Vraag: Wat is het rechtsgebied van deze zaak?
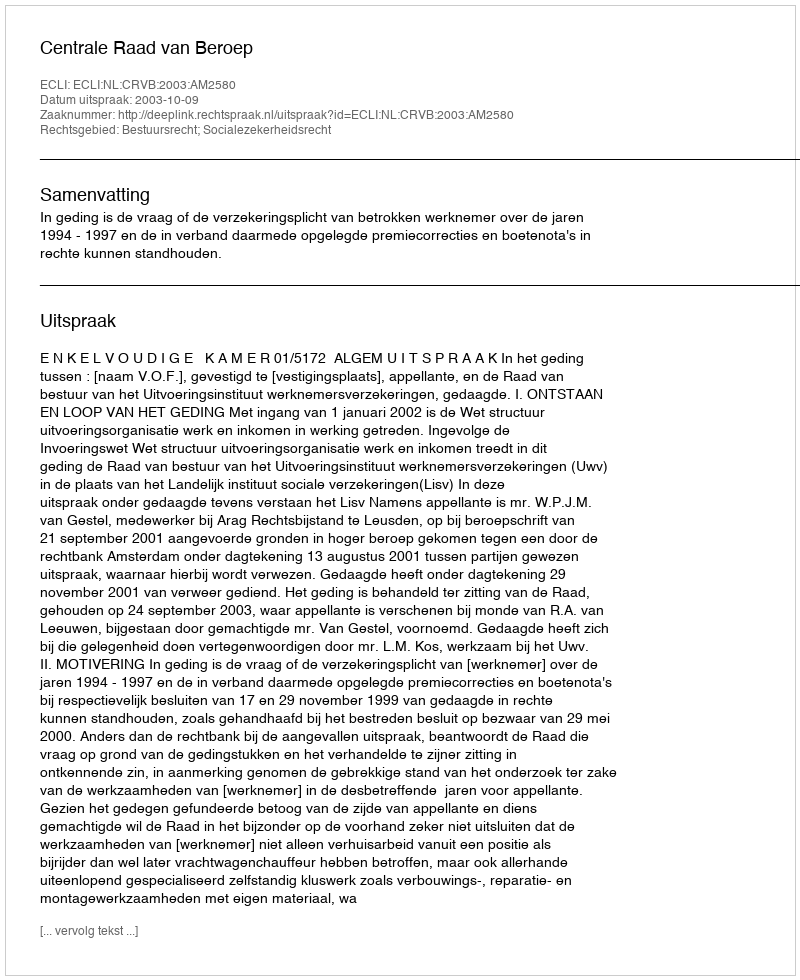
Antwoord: Bestuursrecht; Socialezekerheidsrecht